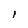
Character: I